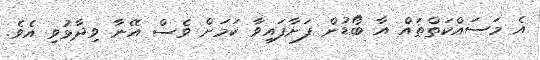
އެ މަސައްކަތްތައް އާ ބޯޑުން ފަށާފައިވާ ކަމަށް ވެސް އޭނާ ވިދާޅުވި އެވެ.